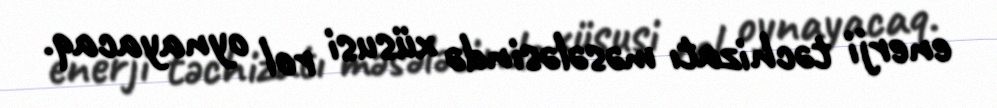
enerji təchizatı məsələsində xüsusi rol oynayacaq.